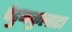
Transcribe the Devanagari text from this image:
पेडुनकुलाटा